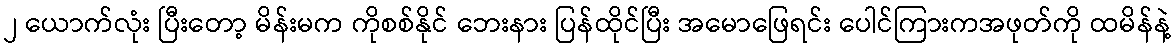
၂ ယောက်လုံး ပြီးတော့ မိန်းမက ကိုစစ်နိုင် ဘေးနား ပြန်ထိုင်ပြီး အမောဖြေရင်း ပေါင်ကြားကအဖုတ်ကို ထမိန်နဲ့